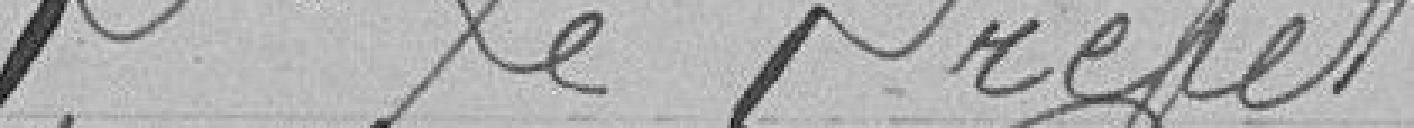
Pour le Préfet